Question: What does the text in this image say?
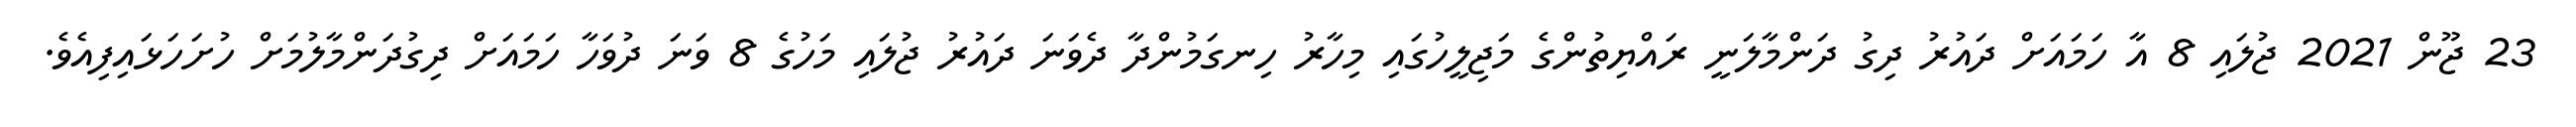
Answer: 23 ޖޫން 2021 ޖުލައި 8 އާ ހަމައަށް ދައުރު ދިގު ދަންމާލަނީ ރައްޔިތުންގެ މަޖިލީހުގައި މިހާރު ހިނގަމުންދާ ދެވަނަ ދައުރު ޖުލައި މަހުގެ 8 ވަނަ ދުވަހާ ހަމައަށް ދިގުދަންމާލުމަށް ހުށަހަޅައިފިއެވެ.